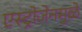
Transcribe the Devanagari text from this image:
एस्ट्रोजेनमुळे